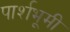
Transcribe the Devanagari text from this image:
पार्शभूमी